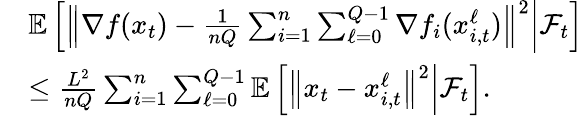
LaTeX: \begin{array}{rl}&{\mathbb{E}\left[\left\Vert\nabla f(x_{t})-\frac{1}{nQ}\sum_{i=1}^{n}\sum_{\ell=0}^{Q-1}\nabla f_{i}(x_{i,t}^{\ell})\right\Vert^{2}\middle|\mathcal{F}_{t}\right]}\\ &{\leq\frac{L^{2}}{nQ}\sum_{i=1}^{n}\sum_{\ell=0}^{Q-1}\mathbb{E}\left[\left\Vert x_{t}-x_{i,t}^{\ell}\right\Vert^{2}\middle|\mathcal{F}_{t}\right].}\end{array}